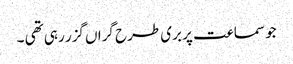
جو سماعت پر بری طرح گراں گزر رہی تھی ۔